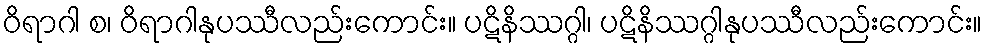
ဝိရာဂါ စ၊ ဝိရာဂါနုပဿီလည်းကောင်း။ ပဋိနိဿဂ္ဂါ၊ ပဋိနိဿဂ္ဂါနုပဿီလည်းကောင်း။